Annual administration report of the Bombay Presidency - 1887-1892
Year: 1887
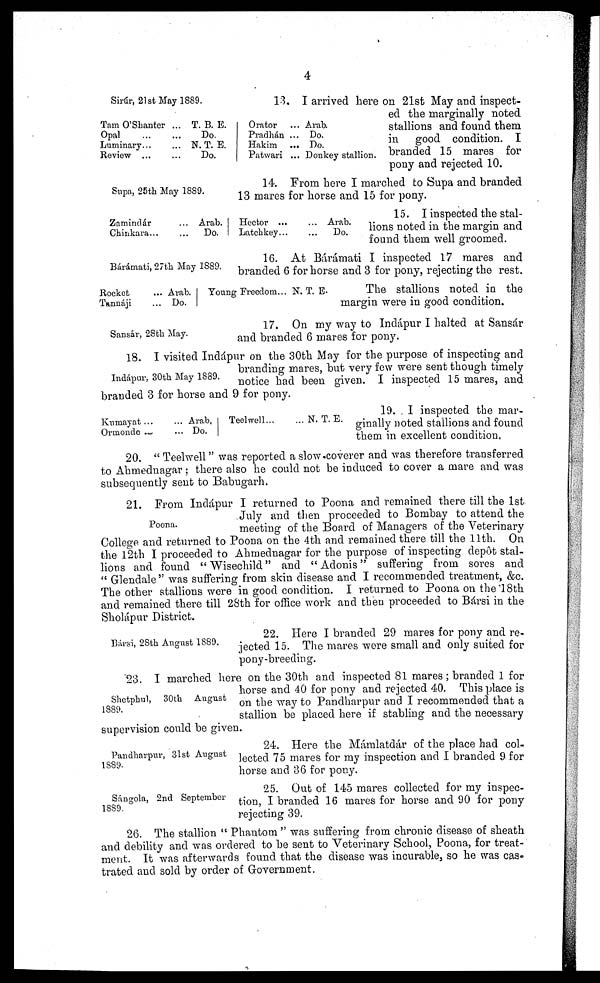
4
Sirúr, 21st May 1889.
13. I arrived here on 21st May and inspect-
ed the marginally noted
stallions and found them
in good condition. I
branded 15 mares for
pony and rejected 10.
Tam O'Shanter ... ...
Opal
...
...
Luminary... ...
Review
...
...
T. B. E.
Do.
N. T. E.
Do.
Orator
...
Pradhán ...
Hakim
...
Patwari ...
Arab.
Do.
Do.
Donkey stallion.
Supa, 25th May 1889.
14. From here I marched to Supa and branded
13 mares for horse and 15 for pony.
Zamindár ...
Chinkara ...
Arab.
Do.
Hector ... ...
Latchkey... ...
Arab.
Do.
15. I inspected the stal-
lions noted in the margin and
found them well groomed.
Bárámati, 27th May 1889.
16. At Bárámati I inspected 17 mares and
branded 6 for horse and 3 for pony, rejecting the rest.
Rocket ...
Tannáji ...
Arab.
Do.
Young Freedom... N. T. E.
The stallions noted in the
margin were in good condition.
Sansár, 28th May.
17. On my way to Indápur I halted at Sansár
and branded 6 mares for pony.
Indápur, 30th May 1889.
18. I visited Indápur on the 30th May for the purpose of inspecting and
branding mares, but very few were sent though timely
notice had been given. I inspected 15 mares, and
branded 3 for horse and 9 for pony.
Kumayat ... ...
Ormonde ... ...
Arab.
Do.
Teelwell... ...
N. T. E.
19. I inspected the mar-
ginally noted stallions and found
them in excellent condition,
20. "Teelwell" was reported a slow coverer and was therefore transferred
to Ahmednagar; there also he could not be induced to cover a mare and was
subsequently sent to Babugarh.
Poona.
21. From Indápur I returned to Poona and remained there till the 1st
July and then proceeded to Bombay to attend the
meeting of the Board of Managers of the Veterinary
College and returned to Poona on the 4th and remained there till the 11th. On
the 12th I proceeded to Ahmednagar for the purpose of inspecting depôt stal-
lions and found "Wisechild" and "Adonis" suffering from sores and
"Glendale" was suffering from skin disease and I recommended treatment, &c.
The other stallions were in good condition. I returned to Poona on the 18th
and remained there till 28th for office work and then proceeded to Bársi in the
Sholápur District.
Bársi, 28th August 1889.
22. Here I branded 29 mares for pony and re-
jected 15. The mares were small and only suited for
pony-breeding.
Shetphul, 30th August
1889.
23. I marched here on the 30th and inspected 81 mares; branded 1 for
horse and 40 for pony and rejected 40. This place is
on the way to Pandharpur and I recommended that a
stallion be placed here if stabling and the necessary
supervision could be given.
Pandharpur, 31st August
1889.
24. Here the Mámlatdár of the place had col-
lected 75 mares for my inspection and I branded 9 for
horse and 36 for pony.
Sángola, 2nd September
1889.
25. Out of 145 mares collected for my inspec-
tion, I branded 16 mares for horse and 90 for pony
rejecting 39.
26. The stallion "Phantom" was suffering from chronic disease of sheath
and debility and was ordered to be sent to Veterinary School, Poona, for treat-
ment. It was afterwards found that the disease was incurable, so he was cas-
trated and sold by order of Government.